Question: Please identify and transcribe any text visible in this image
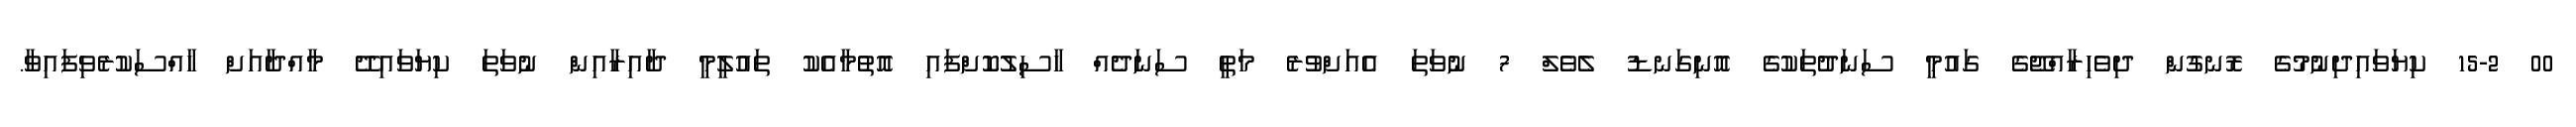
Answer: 00 15-2 ކިޔަވައިދިނުމުގެ ރޮނގުން ދިވެހިރާއްޖޭގެ ގައުމީ ސަނަދުތަކުގެ އޮނިގަނޑު ލެވެލް 7 ނުވަތަ އެއަށްވުރެ މަތީ ސަނަދެއް ހާސިލުކޮށްފައި އޮތުމާއެކު ތައުލީމީ ދާއިރާއިން ނުވަތަ ކިޔަވައިދޭ މާއްދާއަށް ހާއްސަކުރެވިފައިވާ.